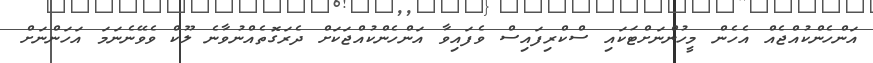
އަންހެންކުއްޖެއް އެހެން މީހުންނަށްޓަކައި ސްކްރިފައިސް ވެފައިވާ އަންހެންކުއްޖަކަށް ދެރަގޮތެއްނުވާނެ ލޫކް ވެވޭނެނަމަ އަހަންނަށް